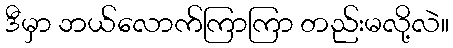
ဒီမှာ ဘယ်လောက်ကြာကြာ တည်းမလို့လဲ။